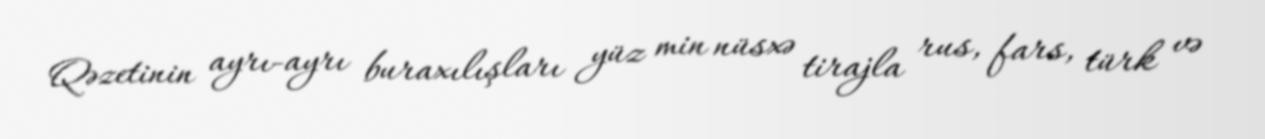
Qəzetinin ayrı-ayrı buraxılışları yüz min nüsxə tirajla rus, fars, türk və